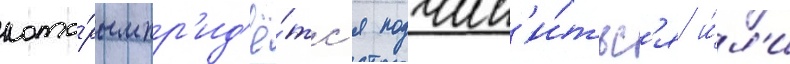
кото́рым пр'ид'ё́тс'я подчин'и́тьс'я и́л'и